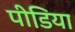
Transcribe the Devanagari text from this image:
पीडि़या